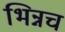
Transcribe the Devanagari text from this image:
भिन्नच